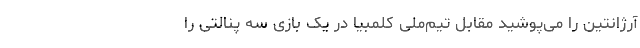
آرژانتین را می‌پوشید مقابل تیم‌ملی کلمبیا در یک بازی سه پنالتی را